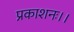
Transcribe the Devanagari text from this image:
प्रकाशनः।।